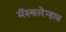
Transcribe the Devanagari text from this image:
मॅस्कारेन्हास